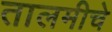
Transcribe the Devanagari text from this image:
तालमीचे